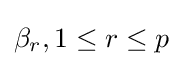
\beta _{r},1\leq r\leq p